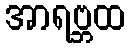
အာရဗ္ဘထ